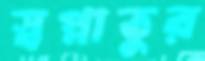
স্বপ্নাতুর